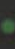
.